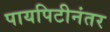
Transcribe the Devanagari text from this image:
पायपिटीनंतर